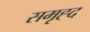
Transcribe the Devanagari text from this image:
समृह्द